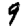
Digit: 9